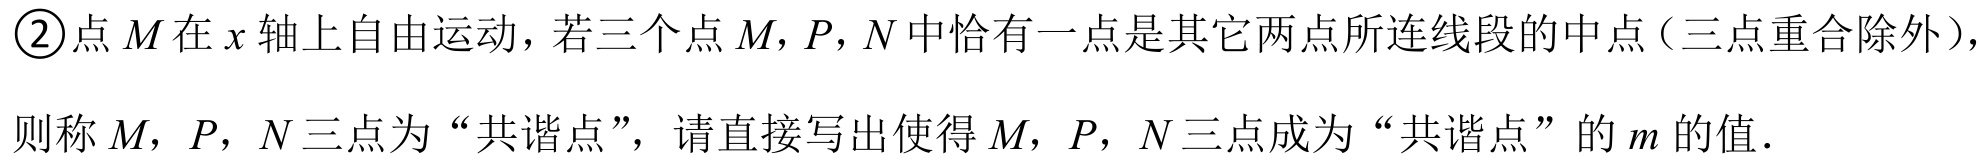
\textcircled{2}点\(M\)在\(x\)轴上自由运动，若三个点\(M,P,N\)中恰有一点是其它两点所连线段的中点（三点重合除外），则称\(M\)，\(P\)，\(N\)三点为“共谐点”，请直接写出使得\(M\)，\(P\)，\(N\)三点成为“共谐点”的\(m\)的值．